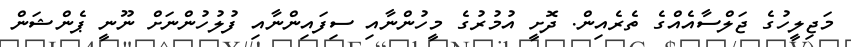
މަޖިލީހުގެ ޖަލްސާއެއްގެ ތެރެއިން. ދޮށީ އުމުރުގެ މީހުންނާއި ސިފައިންނާއި ފުލުހުންނަށް ނޫނީ ޕެންޝަން